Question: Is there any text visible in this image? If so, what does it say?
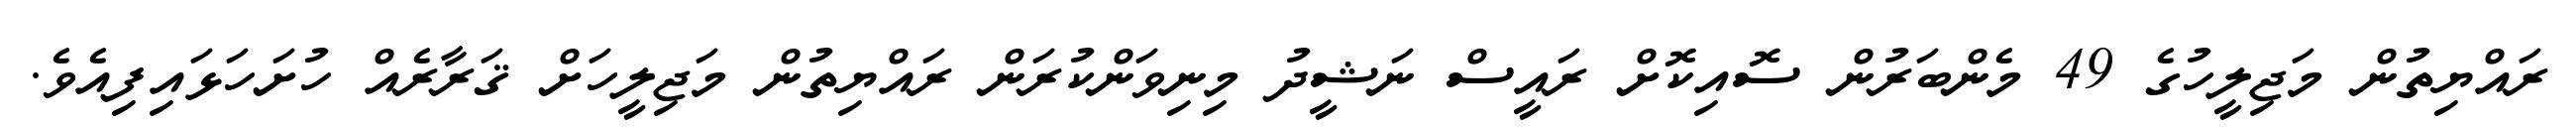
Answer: ރައްޔިތުން މަޖިލީހުގެ 49 މެންބަރުން ސޮއިކޮށް ރައީސް ނަޝީދު މިނިވަންކުރަން ރައްޔިތުން މަޖިލީހަށް ޤަރާރެއް ހުށަހަޅައިފިއެވެ.